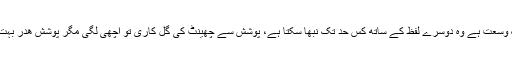
اس میں کہاں تک وسعت ہے وہ دوسرے لفظ کے ساتھ کس حد تک نبھا سکتا ہے، پوشش سے چھینٹ کی گل کاری تو اچھی لگی مگر پوشش ھدر بہت گاڑھا معلوم ہوا۔